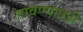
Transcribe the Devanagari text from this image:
लावण्यातही